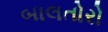
બાલતોરો